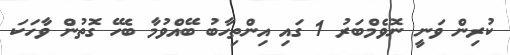
ކުރިން ވަނީ ނޮވެމްބަރު 1 ގައި އިންތިހާބު ބޭއްވުމާ ބެހޭ ގޮތުން ވާހަކަ